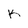
Character: k